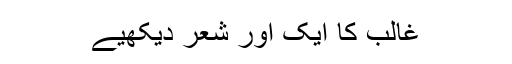
غالب کا ایک اور شعر دیکھیے